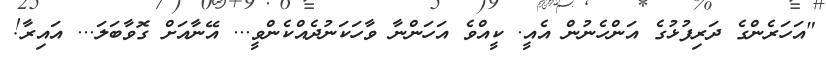
"އަހަރެންގެ ދަރިފުޅުގެ އަންހެނުން އެއީ. ކީއްވެ އަހަންނާ ވާހަކަނުދެއްކެންވީ... އޭނާއަށް ގޮވާބަލަ... އައިރާ!